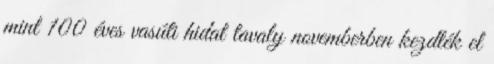
mint 100 éves vasúti hidat tavaly novemberben kezdték el